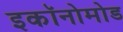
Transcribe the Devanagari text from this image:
इकॉनोमोड